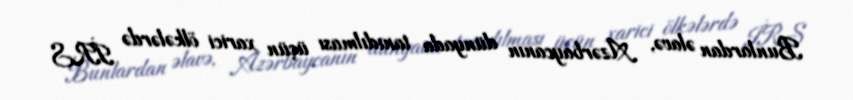
Bunlardan əlavə, Azərbaycanın dünyada tanıdılması üçün xarici ölkələrdə İRS